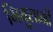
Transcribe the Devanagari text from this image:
गियुलानी